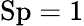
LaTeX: \mathrm{Sp}=1